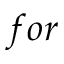
f o r